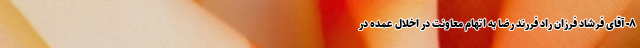
۸- آقای فرشاد فرزان راد فررند رضا به اتهام معاونت در اخلال عمده در